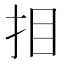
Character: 𢪷